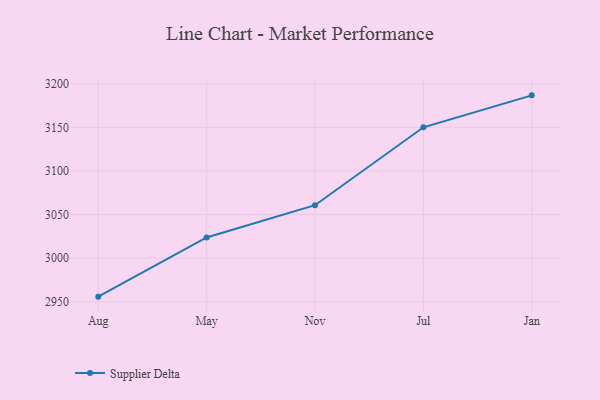
{"axis": {"x": "Month", "y": "Operating Costs (USD K)"}, "legend": ["Supplier Delta"], "data": [{"x": "Aug", "y": 2956.0, "type": "Supplier Delta"}, {"x": "May", "y": 3023.8, "type": "Supplier Delta"}, {"x": "Nov", "y": 3060.8, "type": "Supplier Delta"}, {"x": "Jul", "y": 3150.1, "type": "Supplier Delta"}, {"x": "Jan", "y": 3186.7, "type": "Supplier Delta"}]}